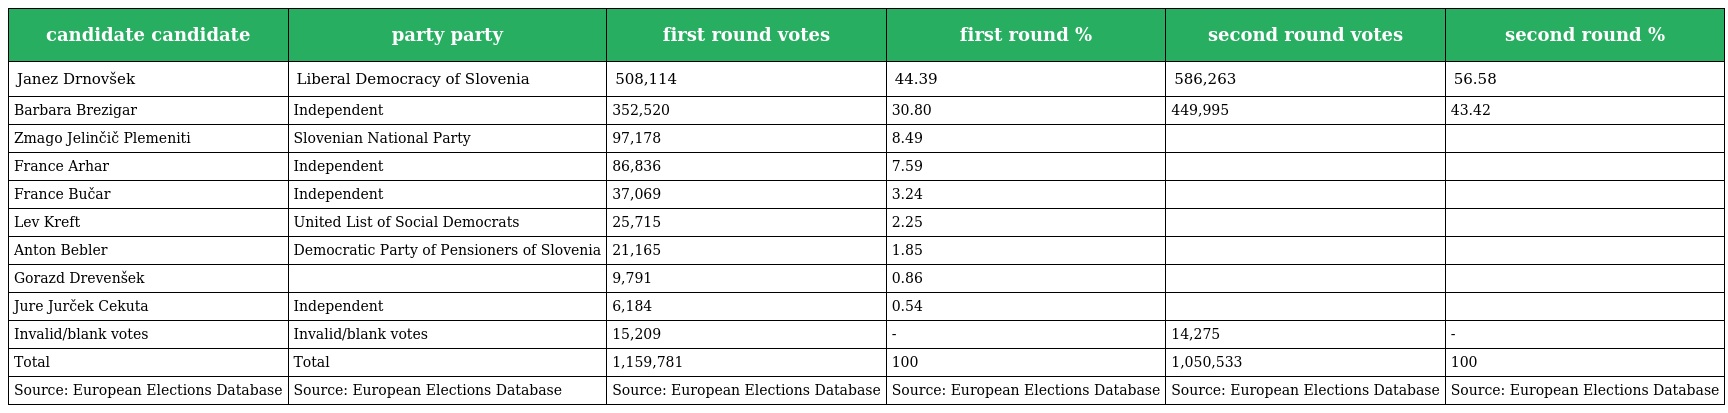
| candidate candidate | party party | first round votes | first round % | second round votes | second round % |
 | --- | --- | --- | --- | --- | --- |
 | Janez Drnovšek | Liberal Democracy of Slovenia | 508,114 | 44.39 | 586,263 | 56.58 |
 | Barbara Brezigar | Independent | 352,520 | 30.80 | 449,995 | 43.42 |
 | Zmago Jelinčič Plemeniti | Slovenian National Party | 97,178 | 8.49 |  |  |
 | France Arhar | Independent | 86,836 | 7.59 |  |  |
 | France Bučar | Independent | 37,069 | 3.24 |  |  |
 | Lev Kreft | United List of Social Democrats | 25,715 | 2.25 |  |  |
 | Anton Bebler | Democratic Party of Pensioners of Slovenia | 21,165 | 1.85 |  |  |
 | Gorazd Drevenšek |  | 9,791 | 0.86 |  |  |
 | Jure Jurček Cekuta | Independent | 6,184 | 0.54 |  |  |
 | Invalid/blank votes | Invalid/blank votes | 15,209 | - | 14,275 | - |
 | Total | Total | 1,159,781 | 100 | 1,050,533 | 100 |
 | Source: European Elections Database | Source: European Elections Database | Source: European Elections Database | Source: European Elections Database | Source: European Elections Database | Source: European Elections Database |